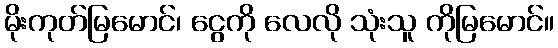
မိုးကုတ်မြမောင်၊ ငွေကို လေလို သုံးသူ ကိုမြမောင်။